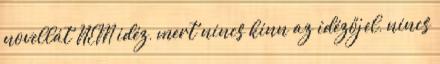
novellát NEM idéz, mert nincs kinn az idézőjel, nincs